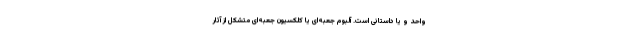
واحد و یا داستانی است. آلبوم جعبه‌ای یا کلکسیون جعبه‌ای متشکل از آثار